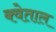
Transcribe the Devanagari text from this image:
क्वेताल